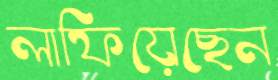
লাফিয়েছেন